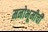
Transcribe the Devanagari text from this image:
मनोभूमीची